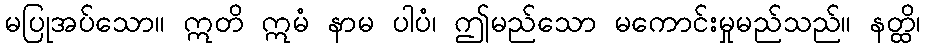
မပြုအပ်သော။ ဣတိ ဣမံ နာမ ပါပံ၊ ဤမည်သော မကောင်းမှုမည်သည်။ နတ္ထိ၊